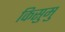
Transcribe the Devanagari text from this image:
किसुमु